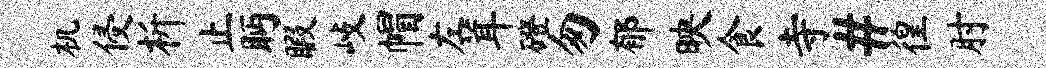
机侵析止眄暇歧帽左茸磴匆郁映食寺#徨肘